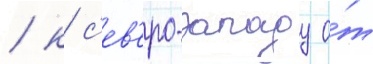
/ к с'ев'еро-западу о́т